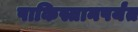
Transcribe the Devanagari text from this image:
पाकिस्तानपर्यंत